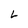
Character: L